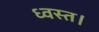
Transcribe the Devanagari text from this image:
ध्वस्त।